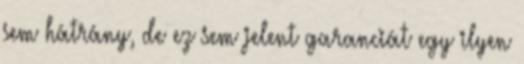
sem hátrány, de ez sem jelent garanciát egy ilyen